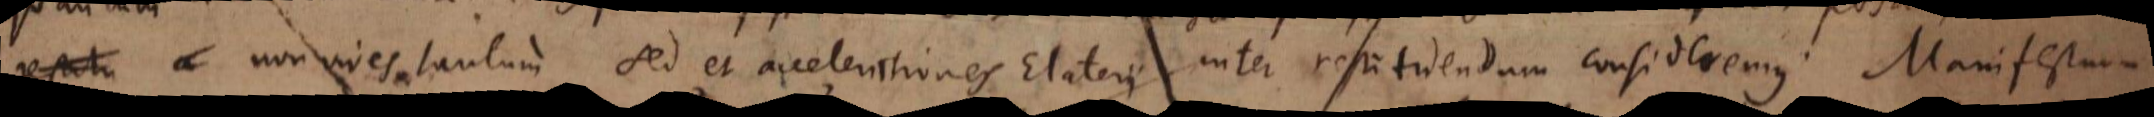
non vires tantum sed et accelerationes Elaterii inter restituendum consideremus. Manifestum